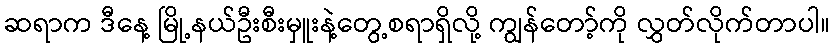
ဆရာက ဒီနေ့ မြို့နယ်ဦးစီးမှူးနဲ့တွေ့စရာရှိလို့ ကျွန်တော့်ကို လွှတ်လိုက်တာပါ။